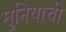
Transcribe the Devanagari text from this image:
मुनियाची